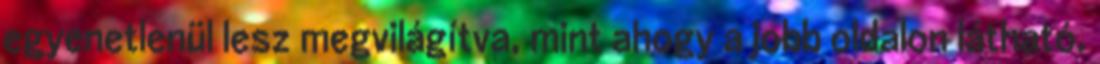
egyenetlenül lesz megvilágítva, mint ahogy a jobb oldalon látható.